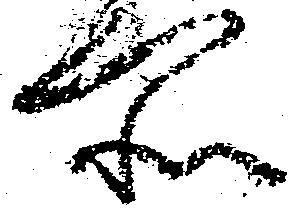
所